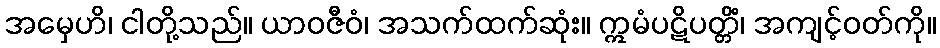
အမှေဟိ၊ ငါတို့သည်။ ယာဝဇီဝံ၊ အသက်ထက်ဆုံး။ ဣမံပဋိပတ္တိံ၊ အကျင့်ဝတ်ကို။